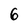
Character: 6